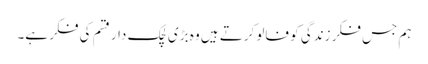
ہم جس فکر زندگی کو فالو کرتے ہیں وہ بڑی لچک دار قسم کی فکر ہے۔